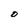
Character: D